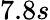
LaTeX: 7.8s